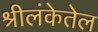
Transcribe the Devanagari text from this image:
श्रीलंकेतेल